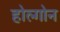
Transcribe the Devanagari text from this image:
होल्गोन